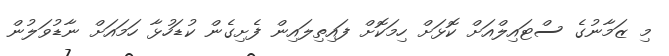
މި ޒަމާނުގެ ސްޓައިލްއަށް ކޮޅަށް ހިމަކޮށް ފައިތިލައިން ފެށިގެން ކުޑަހުޅާ ހަމައަށް ނާޑުވަލުން